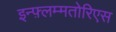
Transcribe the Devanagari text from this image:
इन्फ़्लम्मतोरिएस